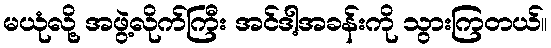
မယုံလို့ အဖွဲ့လိုက်ကြီး အင်ဒါ့အခန်းကို သွားကြတယ်။